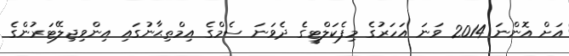
އަށް އޮންނަ 2014 ވަނަ އަހަރުގެ މިފެކަލްޓީގެ ދެވަނަ ސެމްގެ އިމްތިޙާނުގައި އިންވިޖިލޭޓަރުންގެ